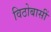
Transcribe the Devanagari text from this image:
विठोबासीं